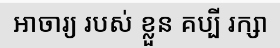
ឤចារ្យ របស់ ខ្លួន គប្បី រក្សា